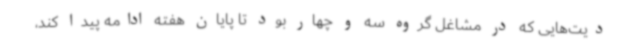
دیت‌هایی که در مشاغل گروه سه و چهار بود تا پایان هفته ادامه پیدا کند،